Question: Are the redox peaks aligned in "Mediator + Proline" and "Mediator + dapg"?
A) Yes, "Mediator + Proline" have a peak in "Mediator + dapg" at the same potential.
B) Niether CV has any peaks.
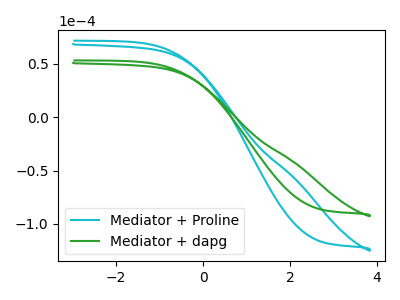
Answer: <think>The cyan curve "Mediator + Proline" has no peaks. The green curve "Mediator + dapg" has no peaks.</think>
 <answer>B) Niether CV has any peaks.</answer>
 <eval>B</eval>